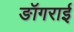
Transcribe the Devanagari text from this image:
ङॉगराई